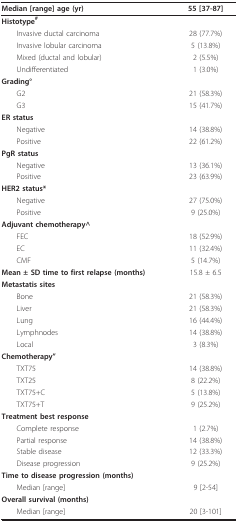
<table><thead><tr><td><b>Median [range] age (yr)</b></td><td><b>55 [37-87]</b></td></tr></thead><tbody><tr><td><b>Histotype<sup>#</sup></b></td><td></td></tr><tr><td> Invasive ductal carcinoma</td><td>28 (77.7%)</td></tr><tr><td> Invasive lobular carcinoma</td><td>5 (13.8%)</td></tr><tr><td> Mixed (ductal and lobular)</td><td>2 (5.5%)</td></tr><tr><td> Undifferentiated</td><td>1 (3.0%)</td></tr><tr><td><b>Grading°</b></td><td></td></tr><tr><td> G2</td><td>21 (58.3%)</td></tr><tr><td> G3</td><td>15 (41.7%)</td></tr><tr><td><b>ER status</b></td><td></td></tr><tr><td> Negative</td><td>14 (38.8%)</td></tr><tr><td> Positive</td><td>22 (61.2%)</td></tr><tr><td><b>PgR status</b></td><td></td></tr><tr><td> Negative</td><td>13 (36.1%)</td></tr><tr><td> Positive</td><td>23 (63.9%)</td></tr><tr><td><b>HER2 status*</b></td><td></td></tr><tr><td> Negative</td><td>27 (75.0%)</td></tr><tr><td> Positive</td><td>9 (25.0%)</td></tr><tr><td><b>Adjuvant chemotherapy^</b></td><td></td></tr><tr><td> FEC</td><td>18 (52.9%)</td></tr><tr><td> EC</td><td>11 (32.4%)</td></tr><tr><td> CMF</td><td>5 (14.7%)</td></tr><tr><td><b>Mean ± SD time to first relapse (months)</b></td><td>15.8 ± 6.5</td></tr><tr><td><b>Metastatis sites</b></td><td></td></tr><tr><td> Bone</td><td>21 (58.3%)</td></tr><tr><td> Liver</td><td>21 (58.3%)</td></tr><tr><td> Lung</td><td>16 (44.4%)</td></tr><tr><td> Lymphnodes</td><td>14 (38.8%)</td></tr><tr><td> Local</td><td>3 (8.3%)</td></tr><tr><td><b>Chemotherapy&quot;</b></td><td></td></tr><tr><td> TXT75</td><td>14 (38.8%)</td></tr><tr><td> TXT25</td><td>8 (22.2%)</td></tr><tr><td> TXT75+C</td><td>5 (13.8%)</td></tr><tr><td> TXT75+T</td><td>9 (25.2%)</td></tr><tr><td><b>Treatment best response</b></td><td></td></tr><tr><td> Complete response</td><td>1 (2.7%)</td></tr><tr><td> Partial response</td><td>14 (38.8%)</td></tr><tr><td> Stable disease</td><td>12 (33.3%)</td></tr><tr><td> Disease progression</td><td>9 (25.2%)</td></tr><tr><td><b>Time to disease progression (months)</b></td><td></td></tr><tr><td> Median [range]</td><td>9 [2-54]</td></tr><tr><td><b>Overall survival (months)</b></td><td></td></tr><tr><td> Median [range]</td><td>20 [3-101]</td></tr></tbody></table>